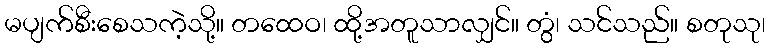
မပျက်စီးစေသကဲ့သို့။ တထေဝ၊ ထို့အတူသာလျှင်။ တွံ၊ သင်သည်။ စတုသု၊